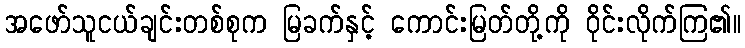
အဖော်သူငယ်ချင်းတစ်စုက မြခက်နှင့် ကောင်းမြတ်တို့ကို ဝိုင်းလိုက်ကြ၏။